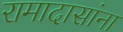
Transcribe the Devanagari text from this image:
रामादासांना